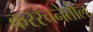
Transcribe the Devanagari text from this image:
कररचनेतील